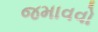
જમાવવો